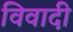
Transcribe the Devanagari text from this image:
विवादी